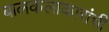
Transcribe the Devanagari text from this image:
बालकलाकारांची